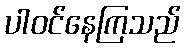
ပါဝင်နေကြသည်